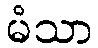
မံသာ